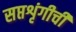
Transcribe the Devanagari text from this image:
सप्तशृंगीची